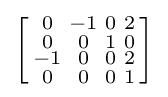
\left[{\begin{smallmatrix}0&-1&0&2\\0&0&1&0\\-1&0&0&2\\0&0&0&1\\\end{smallmatrix}}\right]